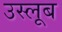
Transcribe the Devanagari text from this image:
उस्लूब